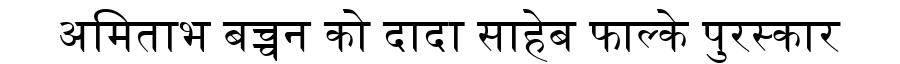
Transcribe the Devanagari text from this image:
अमिताभ बच्चन को दादा साहेब फाल्के पुरस्कार